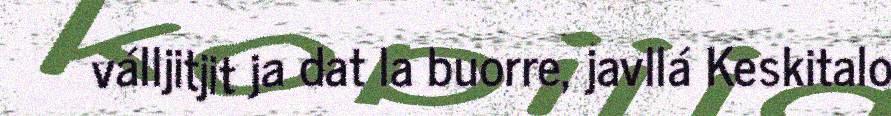
válljitjit ja dat la buorre, javllá Keskitalo